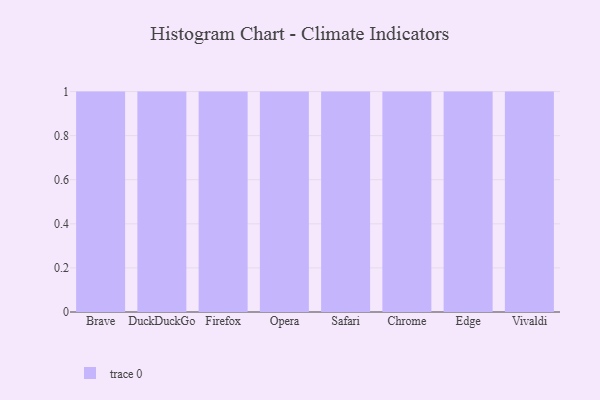
{"axis": {"x": "Browser", "y": "Inventory Turnover"}, "legend": [""], "data": [{"x": "Brave", "y": 73, "type": ""}, {"x": "DuckDuckGo", "y": 63, "type": ""}, {"x": "Firefox", "y": 99, "type": ""}, {"x": "Opera", "y": 38, "type": ""}, {"x": "Safari", "y": 84, "type": ""}, {"x": "Chrome", "y": 22, "type": ""}, {"x": "Edge", "y": 37, "type": ""}, {"x": "Vivaldi", "y": 95, "type": ""}]}